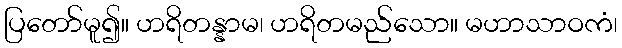
ပြတော်မူ၍။ ဟရိတန္နာမ၊ ဟရိတမည်သော။ မဟာသာဝကံ၊